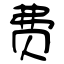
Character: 费